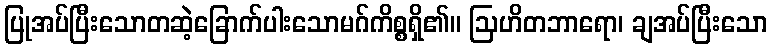
ပြုအပ်ပြီးသောတဆဲ့ခြောက်ပါးသောမဂ်ကိစ္စရှိ၏။ ဩဟိတဘာရော၊ ချအပ်ပြီးသော